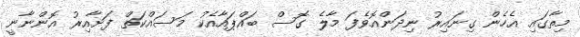
މިތާގައި އެހެން ގިނައިރު ނިދަންއޮވެފަ މާލެ ގޮސް ބައްޕައާއެކު މަސައްކަތް ފަށާއިރު އޮންނާނީ